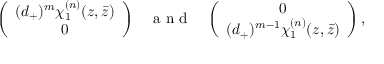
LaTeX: \left( \begin{array} { c } { { ( d _ { + } ) ^ { m } \chi _ { 1 } ^ { ( n ) } ( z , \bar { z } ) } } \\ { { 0 } } \end{array} \right) \; \; \; \makebox { a n d } \; \; \; \left( \begin{array} { c } { { 0 } } \\ { { ( d _ { + } ) ^ { m - 1 } \chi _ { 1 } ^ { ( n ) } ( z , \bar { z } ) } } \end{array} \right) ,